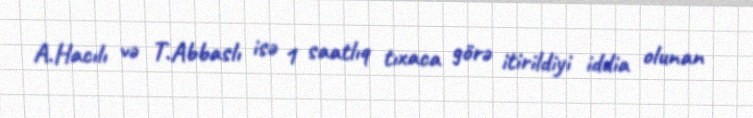
A.Hacılı və T.Abbaslı isə 1 saatlıq tıxaca görə itirildiyi iddia olunan